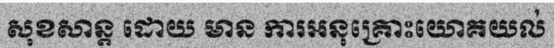
សុខសាន្ត ដោយ មាន ការអនុគ្រោះយោគយល់